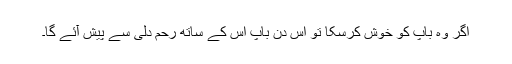
اگر وہ باپ کو خوش کرسکا تو اس دن باپ اس کے ساتھ رحم دلی سے پیش آئے گا۔